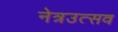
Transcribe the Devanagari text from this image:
नेत्रउत्सव